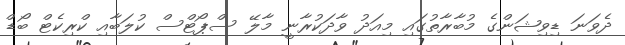
ދެވަނަ ޑިވިޝަންގެ މުބާރާތުގައި މިއަދު ވާދަކުރާނީ މާލޭ ސްޕޯޓްސް ކުލަބާއި ކްރިކެޓް ބޯޑް